Madras plague regulations and rules - Volume 2
Disease focus: Plague
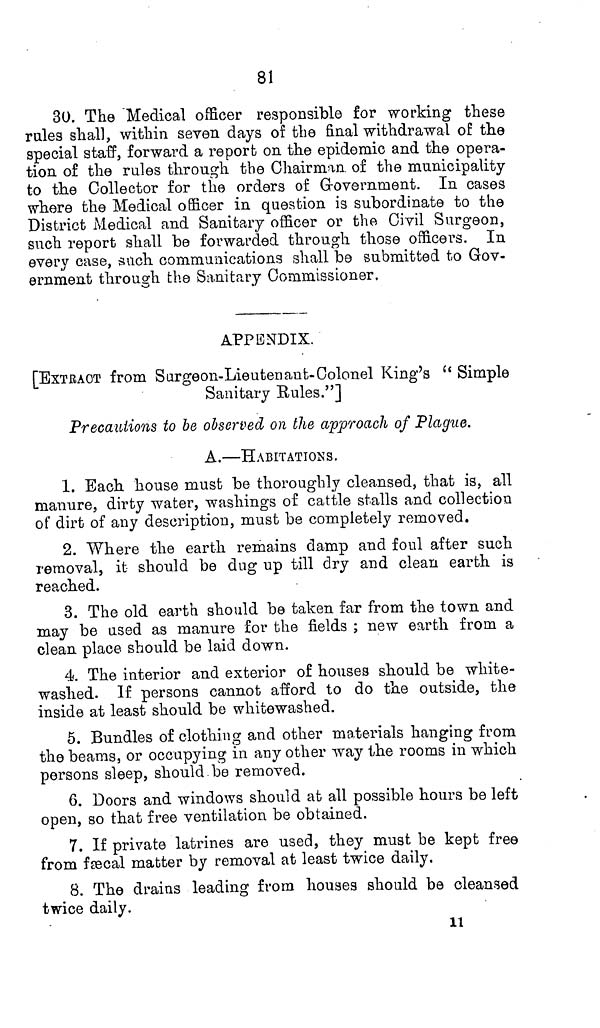
81
30. The Medical officer responsible for working these
rales shall, within seven days of the final withdrawal of the
special staff, forward a report on the epidemic and the opera-
tion of the rules through the Chairman of the municipality
to the Collector for the orders of Government. In cases
where the Medical officer in question is subordinate to the
District Medical and Sanitary officer or the Civil Surgeon,
such report shall be forwarded through those officers. In
every case, such communications shall be submitted to Gov-
ernment through the Sanitary Commissioner,
APPENDIX.
[EXTRACT from Surgeon-Lieutenant-Colonel King's " Simple
Sanitary Rules."]
Precautions to be observed on the approach of Plague.
A.—HABITATIONS.
1. Bach house must be thoroughly cleansed, that is, all
manure, dirty water, washings of cattle stalls and collection
of dirt of any description, must be completely removed.
2. Where the earth remains damp and foul after such
removal, it should be dug up till dry and clean earth is
reached.
3. The old earth should be taken far from the town and
may be used as manure for the fields ; new earth from a
clean place should be laid down.
4. The interior and exterior of houses should be white-
washed. If persons cannot afford to do the outside, the
inside at least should be whitewashed.
5. Bundles of clothing and other materials hanging from
the beams, or occupying in any other way the rooms in which
persons sleep, should be removed.
6. Doors and windows should at all possible hours be left
open, so that free ventilation be obtained.
7. If private latrines are used, they must be kept free
from fæcal matter by removal at least twice daily.
8. The drains leading from houses should be cleansed
twice daily.
11